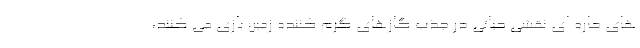
های حاره ای نقشی حیاتی در جذب گازهای گرم کننده زمین بازی می کنند،